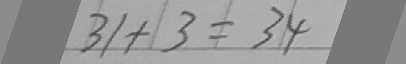
3 1 + 3 = 3 4